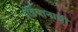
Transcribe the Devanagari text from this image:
इंडियानाची